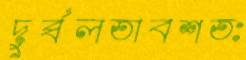
দুর্ব্বলতাবশতঃ